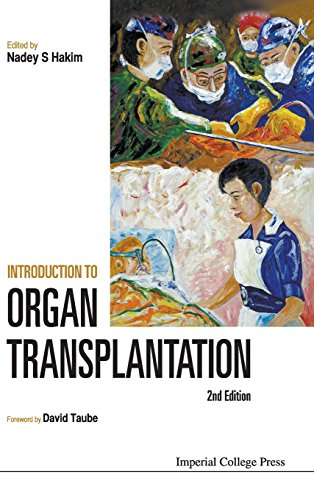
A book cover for Introduction To Organ Transplantation: 2nd Edition; Nadey S. Hakim; Health, Fitness & Dieting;